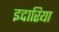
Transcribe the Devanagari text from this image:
इदारिया